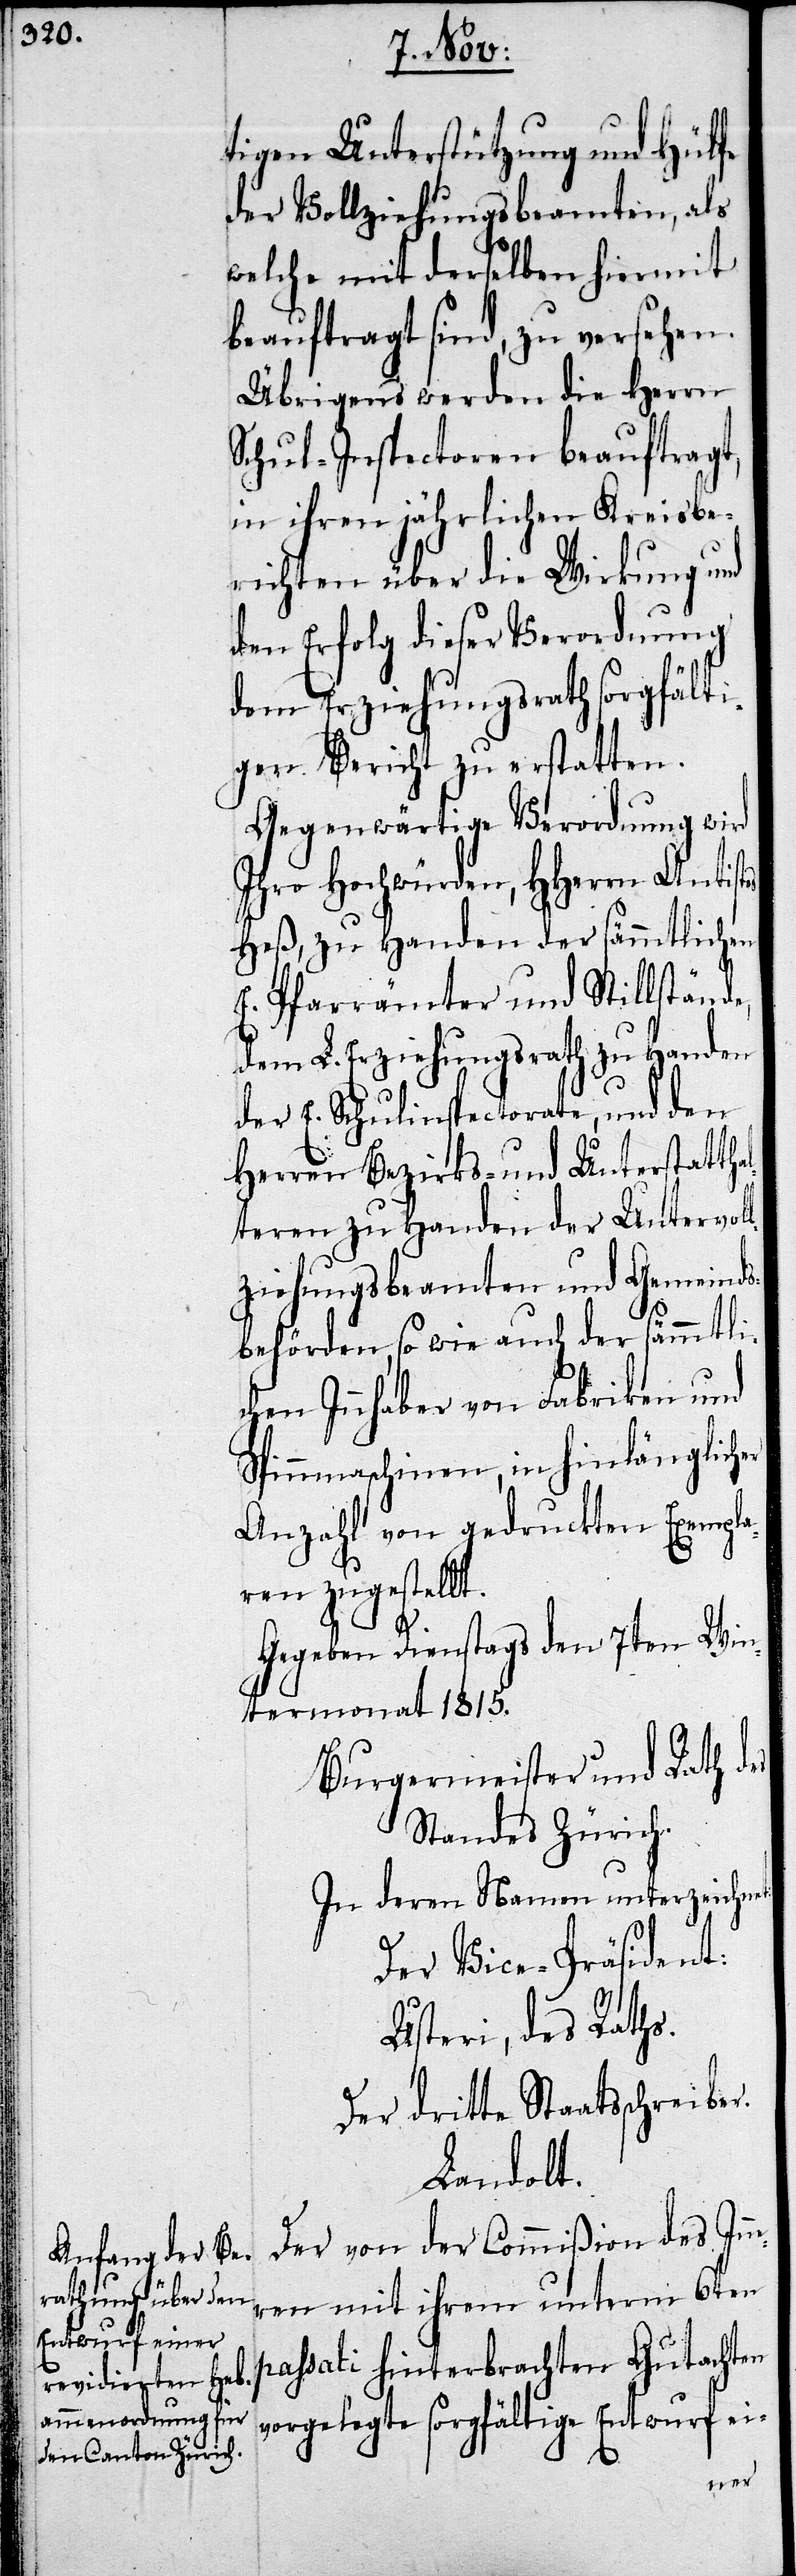
tigen Unterstützung und Hülfe
der Vollziehungsbeamten, als
welche mit derselben hiermit
beauftragt sind, zu versehen.
Übrigens werden die Herrn
Schul-Inspectoren beauftragt,
in ihren jährlichen Kreisbe¬
richten über die Wirkung und
den Erfolg dieser Verordnung
dem Erziehungsrath sorgfälti¬
gen Bericht zu erstatten.
Gegenwärtige Verordnung wird
Ihro Hochwürden, HHerrn Antistes
Heß, zu Handen der sämmtlichen
E. Pfarrämter und Stillstände,
dem L. Erziehungsrath zu Handen
der E. Schulinspectorate, und den
Herren Bezirks- und Unterstattha¬
lteren zu Handen der Untervol¬
lziehungsbeamten und Gemeinds¬
behörden, so wie auch der sämmtli¬
chen Innhaber von Fabriken und
Spinnmaschinen, in hinlänglicher
Anzahl von gedruckten Exempla¬
ren zugestellt.
Gegeben Dienstags den 7ten Win¬
termonat 1815.
Burgermeister und Rath des
Standes Zürich.
In deren Namen unterzeichn¬
Der Vice-Präsident:
Usteri, des Raths.
Der dritte Staatsschreiber.
Landolt.
Der von der Commißion des In¬
nern mit ihrem unterm 6ten
passati hinterbrachten Gutachten
vorgelegte sorgfältige Entwurf ei-
et: